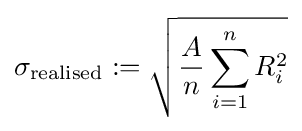
\sigma _{\text{realised}}:={\sqrt {{\frac {A}{n}}\sum _{i=1}^{n}R_{i}^{2}}}